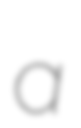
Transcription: a